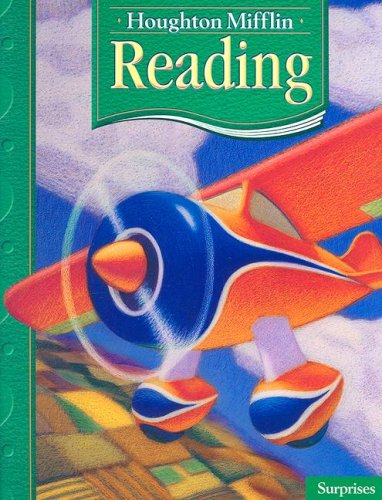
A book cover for Houghton Mifflin Reading: Student Edition Grade 1.3 Surprises 2005; HOUGHTON MIFFLIN; Children's Books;